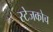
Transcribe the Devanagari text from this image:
स्‍टेजकोच